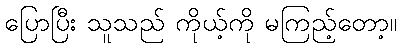
ပြောပြီး သူသည် ကိုယ့်ကို မကြည့်တော့။